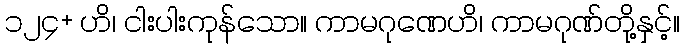
၁၂၄+ ဟိ၊ ငါးပါးကုန်သော။ ကာမဂုဏေဟိ၊ ကာမဂုဏ်တို့နှင့်။